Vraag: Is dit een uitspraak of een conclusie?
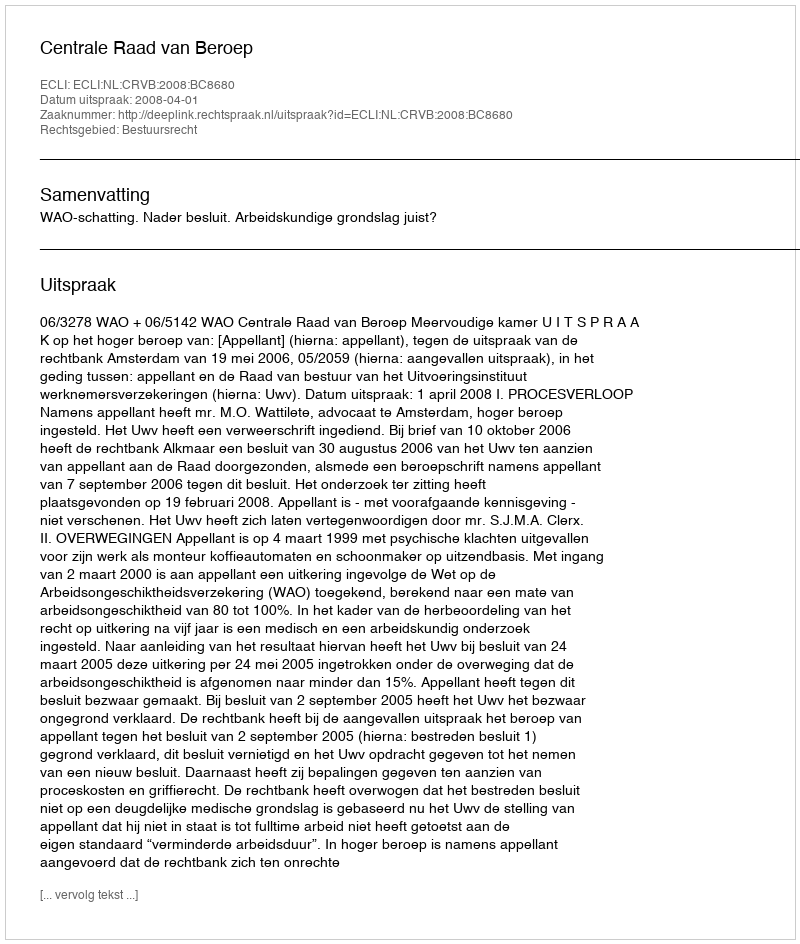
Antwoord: Uitspraak